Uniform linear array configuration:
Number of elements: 64
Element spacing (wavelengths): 0.25
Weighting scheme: blackman
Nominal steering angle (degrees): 30
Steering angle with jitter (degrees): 30.471
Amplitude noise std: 0.05
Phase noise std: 0.05

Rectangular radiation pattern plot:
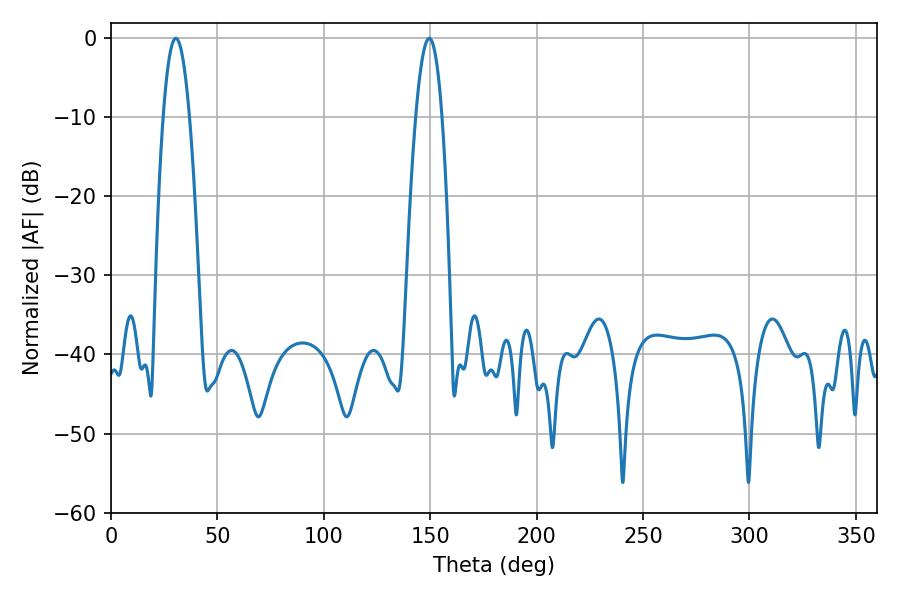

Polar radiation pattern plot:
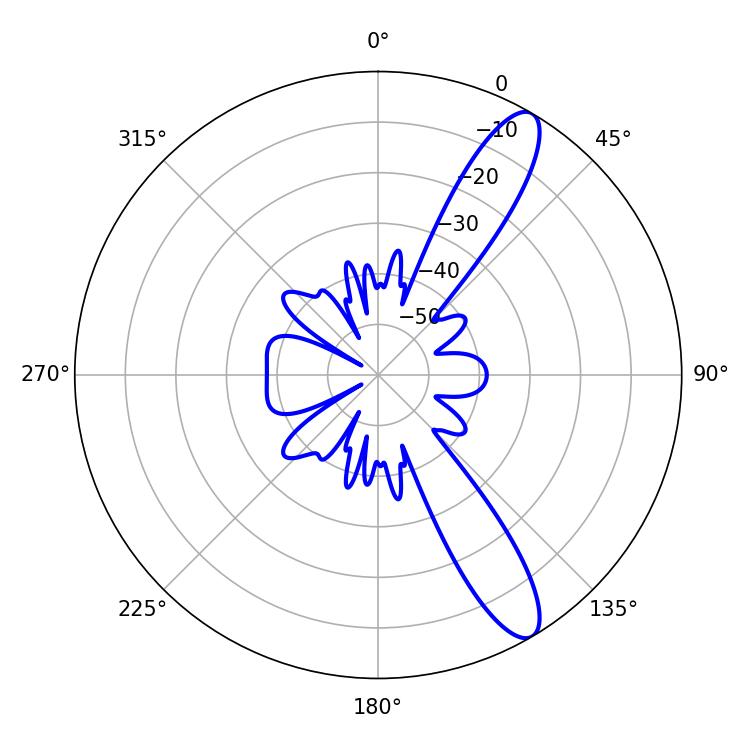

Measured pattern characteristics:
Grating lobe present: FALSE
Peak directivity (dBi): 11.875
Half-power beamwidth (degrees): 6.66
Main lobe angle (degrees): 30.42